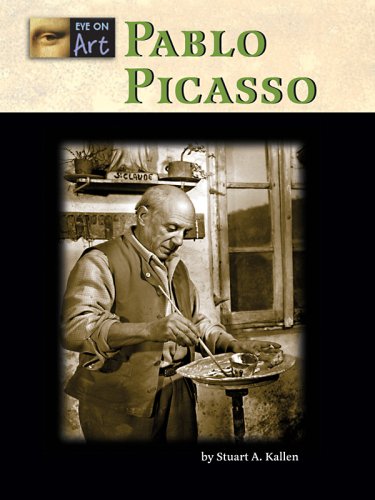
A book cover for Pablo Picasso (Eye on Art); Stuart A. Kallen; Teen & Young Adult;